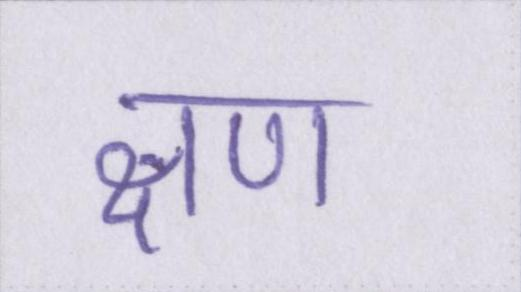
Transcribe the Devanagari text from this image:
क्षण